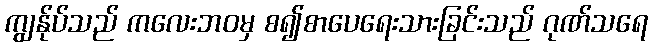
ကျွန်ုပ်သည် ကလေးဘဝမှ စ၍စာပေရေးသားခြင်းသည် ဂုဏ်သရေ